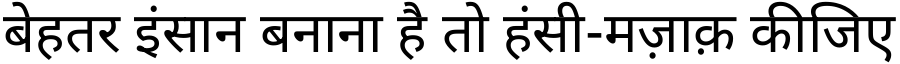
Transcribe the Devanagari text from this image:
बेहतर इंसान बनाना है तो हंसी-मज़ाक़ कीजिए